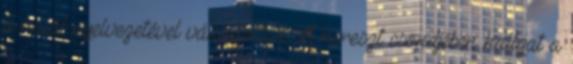
a halál nyelvezetével válaszoltak. A kereszt csöndjében hallgat a